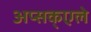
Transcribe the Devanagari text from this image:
अप्सक्एले